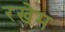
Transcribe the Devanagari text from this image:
रखेम